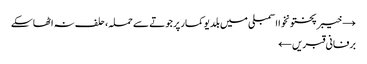
→ خیبرپختونخوا اسمبلی میں بلدیو کمار پر جوتے سے حملہ، حلف نہ اٹھاسکے
برفانی قبریں ←